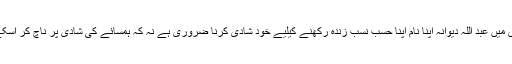
مجھے آج گویا اس محا ورے کی عملی تصویر مل گئی کہ بیگانے کی شادی میں عبد اللہ دیوانہ اپنا نام اپنا حسب نسب زندہ رکھنے کیلیے خود شادی کرنا ضروری ہے نہ کہ ہمسائے کی شادی پر ناچ کر اسکے ہونے والے بچے کے ولدیت کے خانے میں اپنا نام لکھوانے کی خواہش ۔